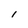
Character: 1